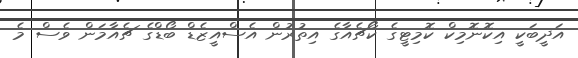
އަދީބަކީ އިކޮނޮމިކް ކޮމިޓީގެ ކޯޗެއާގެ އިތުރުން އެސްއީޒެޑް ބޯޑްގެ ޗެއާމަން ވެސް މެ